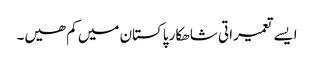
ایسے تعمیراتی شاھکار پاکستان میں کم ھیں۔